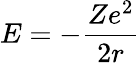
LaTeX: E=-{\frac{Ze^{2}}{2r}}